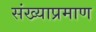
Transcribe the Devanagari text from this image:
संख्याप्रमाण